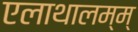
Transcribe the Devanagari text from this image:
एलाथालम्म्